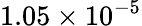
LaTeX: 1.05\times 10^{-5}